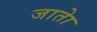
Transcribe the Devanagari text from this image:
जाताे